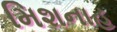
મિશનાહ